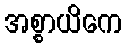
အစ္စာယိကေ